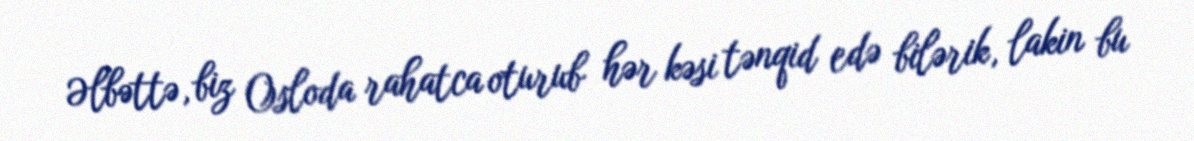
Əlbəttə, biz Osloda rahatca oturub hər kəsi tənqid edə bilərik, lakin bu